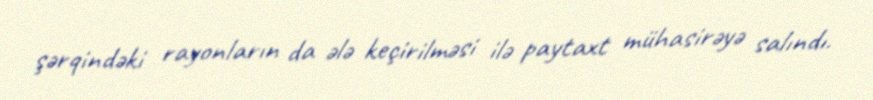
şərqindəki rayonların da ələ keçirilməsi ilə paytaxt mühasirəyə salındı.